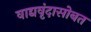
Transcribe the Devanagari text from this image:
वाद्यवृंदासोबत